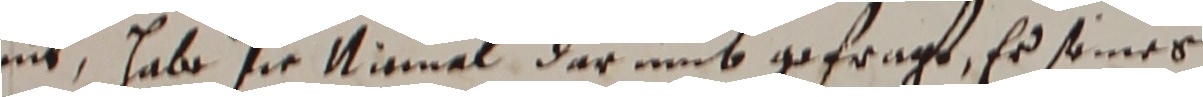
nit, habe sie Niemal darumb gefragt, er seines